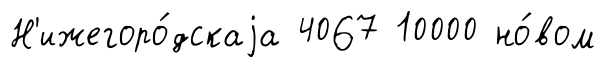
Н'ижегоро́дскаjа 4067 10000 но́вом